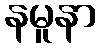
နမူနာ